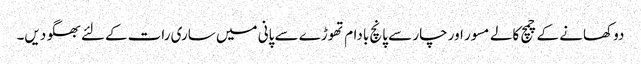
دو کھانے کے چمچ کالے مسور اور چار سے پانچ بادام تھوڑے سے پانی میں ساری رات کےلئے بھگو دیں۔